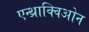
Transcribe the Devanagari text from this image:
एन्थ्राक्विओन